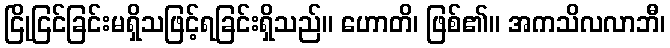
ငြိုငြင်ခြင်းမရှိသဖြင့်ရခြင်းရှိသည်။ ဟောတိ၊ ဖြစ်၏။ အကသိလလာဘီ၊